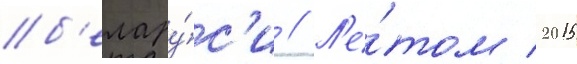
б'елару́с'и // Л'е́том 2015